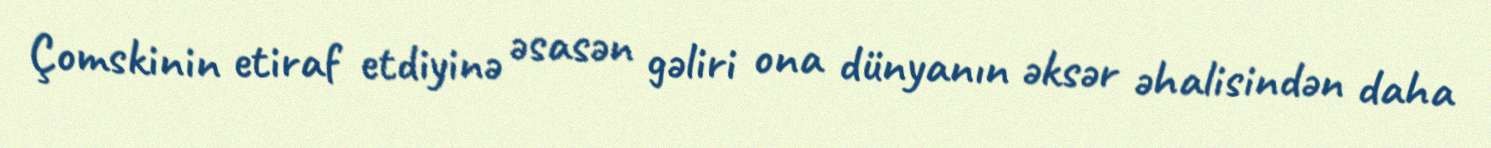
Çomskinin etiraf etdiyinə əsasən gəliri ona dünyanın əksər əhalisindən daha